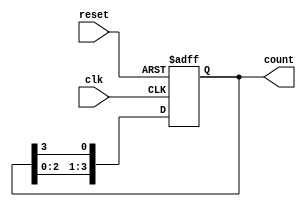
module twisted_ring_counter (
  input wire clk,           // Clock input
  input wire reset,         // Reset input (active low)
  output wire [3:0] count  // 4-bit counter output
);

  reg [3:0] count_reg;      // 4-bit counter register

  always @(posedge clk or posedge reset) begin
    if (reset) begin
      count_reg <= 4'b0000; // Reset the counter to 0000
    end else begin
      // Twisted Ring Counter Logic
      count_reg <= {count_reg[2:0], count_reg[3]}; // Rotate the bits to the right
    end
  end

  assign count = count_reg; // Output is the counter register value

endmodule